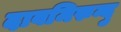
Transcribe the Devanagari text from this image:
दावमिरुन्दु